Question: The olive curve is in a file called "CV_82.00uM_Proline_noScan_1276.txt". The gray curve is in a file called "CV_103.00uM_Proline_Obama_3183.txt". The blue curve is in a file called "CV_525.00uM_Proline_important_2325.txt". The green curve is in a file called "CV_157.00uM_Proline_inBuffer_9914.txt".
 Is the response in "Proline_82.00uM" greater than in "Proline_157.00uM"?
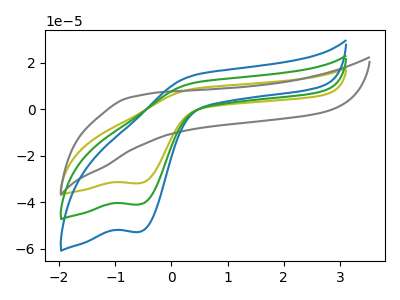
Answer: <think>The olive curve "Proline_82.00uM" has a cathodic peak at: (-0.55V, -31.80uA). The gray curve "Proline_103.00uM" has no peaks. The blue curve "Proline_525.00uM" has a cathodic peak at: (-0.55V, -81.95uA). The green curve "Proline_157.00uM" has a cathodic peak at: (-0.55V, -40.95uA).
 All the peaks in "Proline_82.00uM" have a peak in "Proline_157.00uM" at the same potential. Every peak in "Proline_82.00uM" is lower than every peak in "Proline_157.00uM".</think>
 <answer>"Proline_82.00uM" has less signal than "Proline_157.00uM".</answer>
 <eval>less_signal</eval>